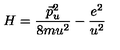
H = \frac { \vec { p } _ { u } ^ { 2 } } { 8 m u ^ { 2 } } - \frac { e ^ { 2 } } { u ^ { 2 } }